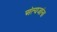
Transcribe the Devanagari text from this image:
अंत्यजांना